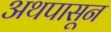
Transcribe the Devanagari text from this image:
अथपासून